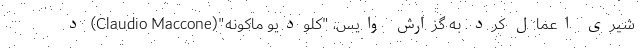
شیری اعمال کرد. به گزارش وایس، "کلودیو ماکونه"(Claudio Maccone) د